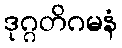
ဒုဂ္ဂတိဂမနံ